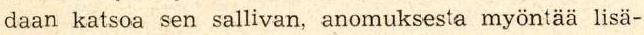
daan katsoa sen sallivan, anomuksesta myöntää lisä-